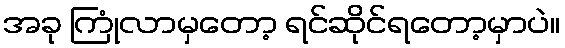
အခု ကြုံလာမှတော့ ရင်ဆိုင်ရတော့မှာပဲ။